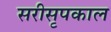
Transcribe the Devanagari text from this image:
सरीसृपकाल